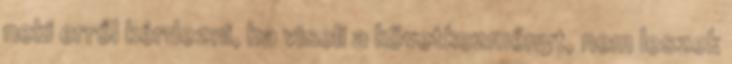
neki erről kérdezni, ha viseli a következményt, nem leszek